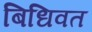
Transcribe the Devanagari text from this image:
बिधिवत